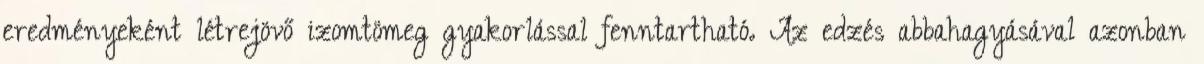
eredményeként létrejövő izomtömeg gyakorlással fenntartható. Az edzés abbahagyásával azonban